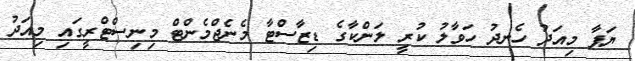
ޔަޕާ މިއަދު ހެނދު ހަވާލު ކުރީ ލަންކާގެ ޑިޒާސްޓާ މެނެޖްމެންޓް މިނިސްޓްރީގައި މިއަދު